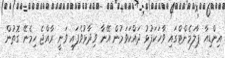
އިންޑިއާ ޕާލަމެންޓްގައި ވާހަކަފުޅު ދައްކަވަމުން އޭނާ ވިދާޅުވެފައި ވަނީ ރާއްޖެ ހިމެނޭ ގޮތުން